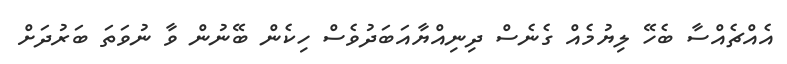
އެއްޗެއްސާ ބެހޭ ލިޔުމެއް ގެނެސް ދިނިއްޔާއަބަދުވެސް ހިކެން ބޭނުން ވާ ނުވަތަ ބަރުދަށް